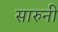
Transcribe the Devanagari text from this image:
सारुनी